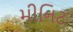
મીનિટ